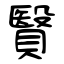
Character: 贀